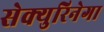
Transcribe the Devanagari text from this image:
सेक्युरिनेगा